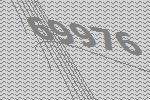
69976